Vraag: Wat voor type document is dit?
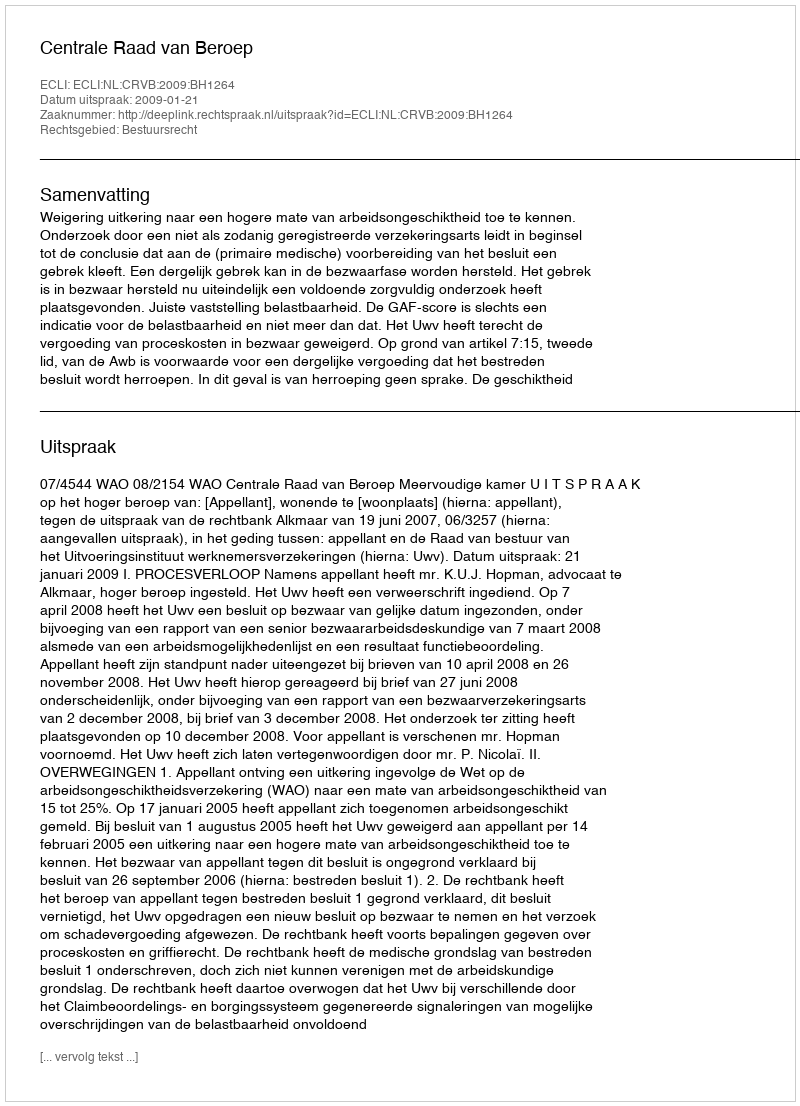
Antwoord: Uitspraak